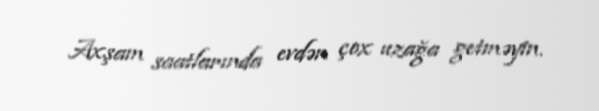
Axşam saatlarında evdən çox uzağa getməyin.